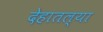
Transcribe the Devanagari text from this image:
देहातल्या